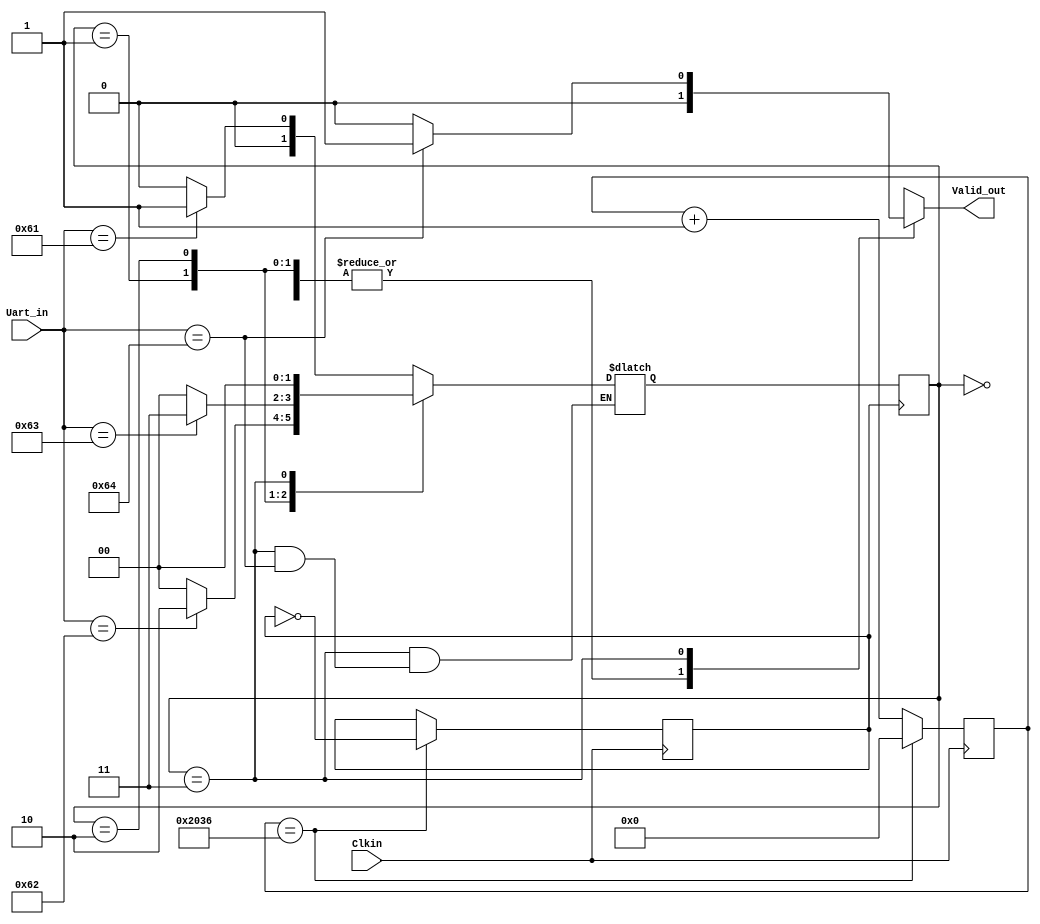
module PW_Check(
    input [7:0] Uart_in,
    input Clkin,
    output reg Valid_out
    );
    
parameter S0=2'b00, S1=2'b01, S2=2'b10, S3=2'b11;
reg [1:0] pstate, nstate;

reg [15:0] count = 0;
reg Clk_out = 0;
always@(posedge Clkin)
begin
    if(count == 16'd8246)
        begin
            Clk_out = ~Clk_out;
            count = 0;
        end
    else
        count = count + 1;    
end

always@(posedge Clk_out)
begin
        pstate=nstate;
end

always@(Uart_in,pstate)
begin
    case(pstate)
        S0: begin               //check for _
            Valid_out = 0;
                if(Uart_in == 8'h61)
                    nstate = S1;
                else
                    nstate = S0;
            end
            
        S1: begin               //check for a_
            Valid_out = 0;
                if(Uart_in == 8'h62)
                    nstate = S2;
                else
                    nstate = S0;
            end
            
        S2: begin               //check for ab_
            Valid_out = 0;
                if(Uart_in == 8'h63)
                    nstate = S3;
                else
                    nstate = S0;
            end
            
        S3: begin               //check for abc_
                if(Uart_in == 8'h64)
                    Valid_out = 1;
                    
                else begin
                    Valid_out = 0;
                    nstate = S0;end
            end
            
    default: nstate=S0;
    endcase  
end
endmodule